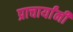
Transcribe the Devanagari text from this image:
प्राचार्यांनी